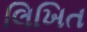
લિખિત